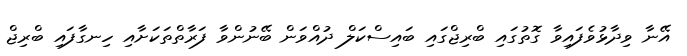
އޭނާ ވިދާޅުވެފައިވާ ގޮތުގައި ބްރިޖްގައި ބައިސްކަލް ދުއްވަން ބޭނުންވާ ފަރާތްތަކަށާއި ހިނގާފައި ބްރިޖް